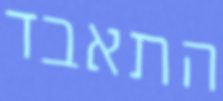
התאבד